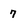
Character: 7